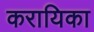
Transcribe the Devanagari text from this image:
करायिका